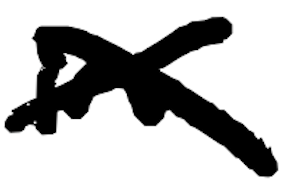
Text: in
Cross-out: cross
Writing tool: digital_black